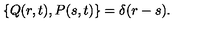
\left\{ Q ( r , t ) , P ( s , t ) \right\} = \delta ( r - s ) .